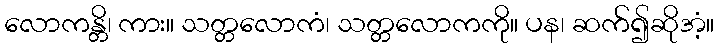
လောကန္တိ၊ ကား။ သတ္တလောကံ၊ သတ္တလောကကို။ ပန၊ ဆက်၍ဆိုအံ့။